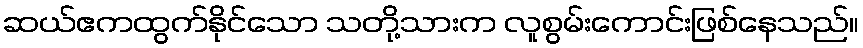
ဆယ်ဧကထွက်နိုင်သော သတို့သားက လူစွမ်းကောင်းဖြစ်နေသည်။